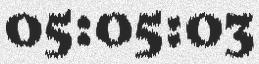
05:05:03